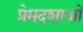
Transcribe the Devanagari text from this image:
प्रेमदशाओं